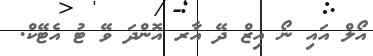
އޯލް އައި ނޯ އިޒް ދޭ އާރ އޮންދަ ވޭ ޓު އެޓޭކް.